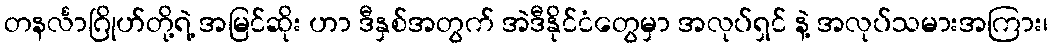
တနင်္လာဂြိုဟ်တို့ရဲ့ အမြင်ဆိုး ဟာ ဒီနှစ်အတွက် အဲဒီနိုင်ငံတွေမှာ အလုပ်ရှင် နဲ့ အလုပ်သမားအကြား၊